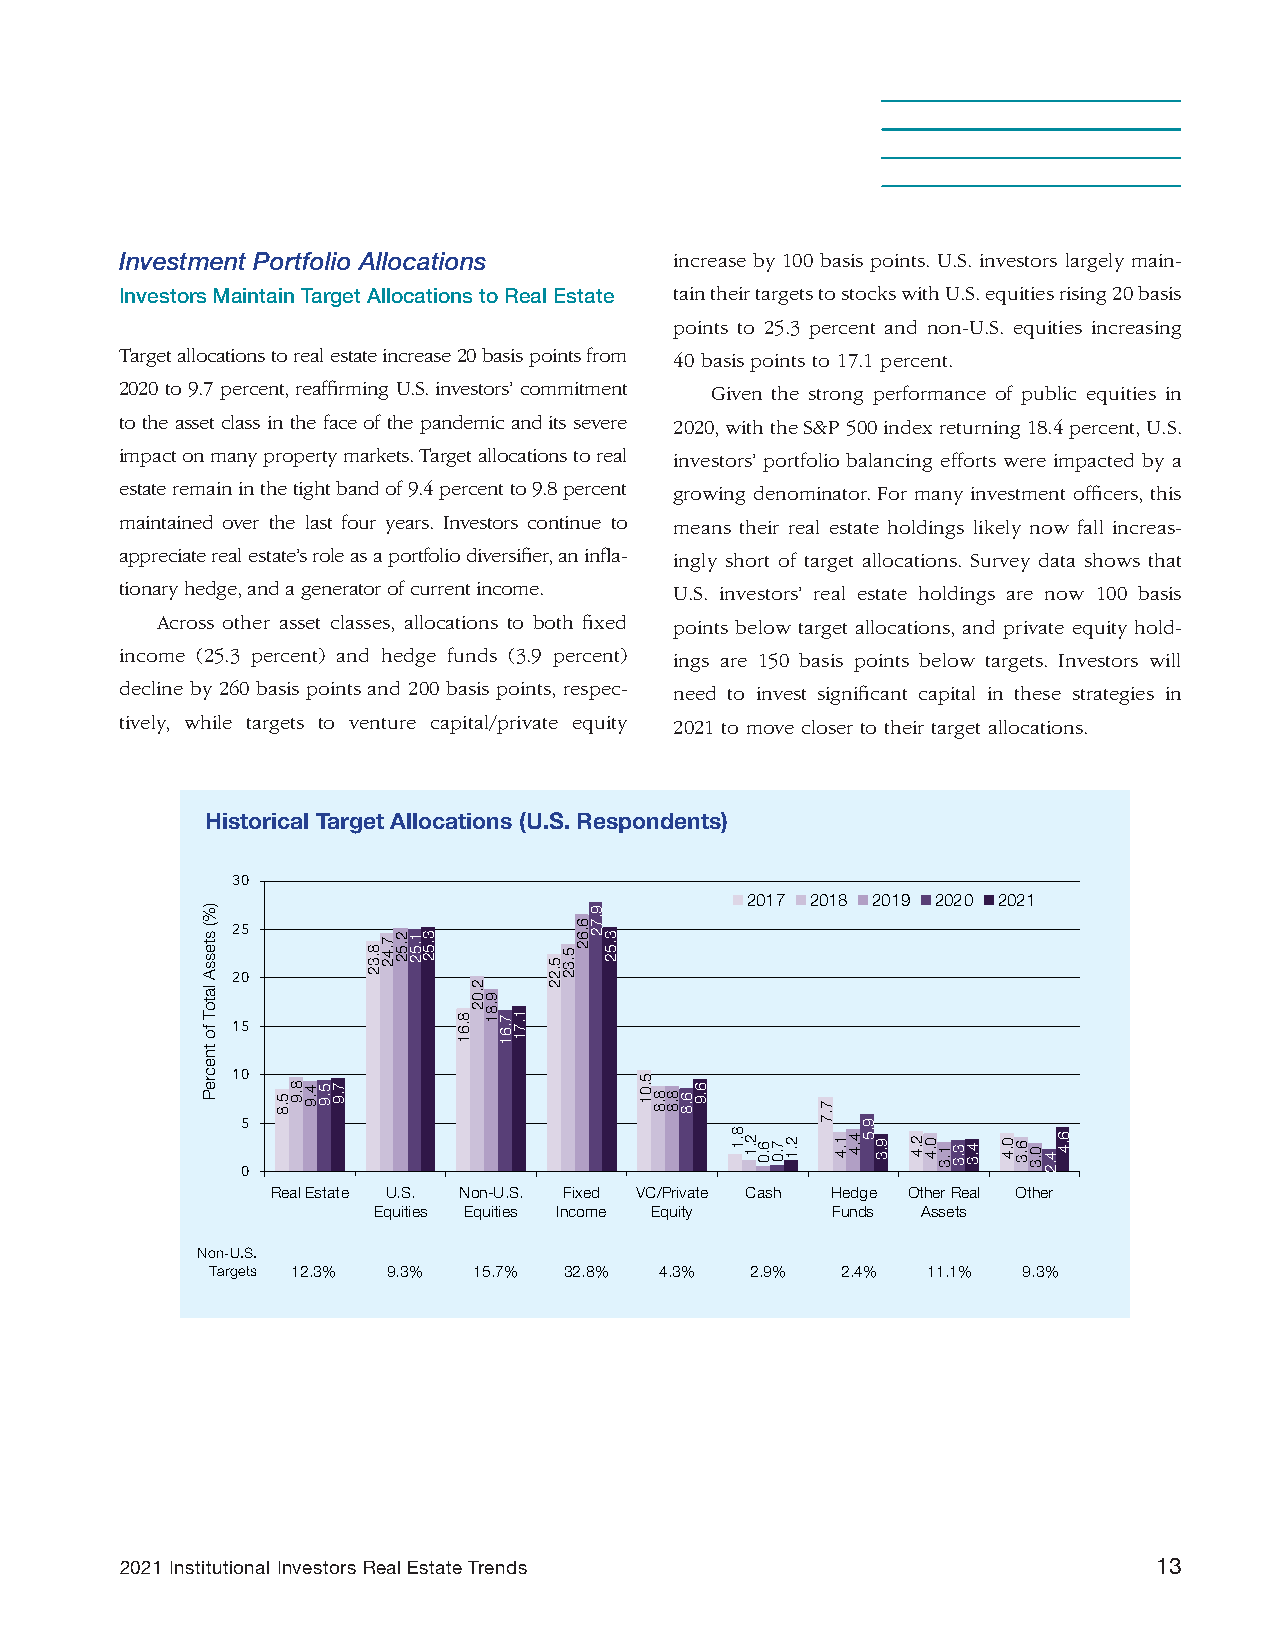
Investment Portfolio Allocations     increase by 100 basis points. U.S. investors largely main-
 Investors Maintain Target Allocations to Real Estate tain their targets to stocks with U.S. equities rising 20 basis
 points to 25.3 percent and non-U.S. equities increasing
 Target allocations to real estate increase 20 basis points from 40 basis points to 17.1 percent.
 2020 to 9.7 percent, reaffirming U.S. investors’ commitment Given the strong performance of public equities in
 to the asset class in the face of the pandemic and its severe 2020, with the S&P 500 index returning 18.4 percent, U.S.
 impact on many property markets. Target allocations to real investors’ portfolio balancing efforts were impacted by a
 estate remain in the tight band of 9.4 percent to 9.8 percent growing denominator. For many investment officers, this
 maintained over the last four years. Investors continue to means their real estate holdings likely now fall increas-
 appreciate real estate’s role as a portfolio diversifier, an infla- ingly short of target allocations. Survey data shows that
 tionary hedge, and a generator of current income. U.S. investors’ real estate holdings are now 100 basis
 Across other asset classes, allocations to both fixed points below target allocations, and private equity hold-
 income (25.3 percent) and hedge funds (3.9 percent) ings are 150 basis points below targets. Investors will
 decline by 260 basis points and 200 basis points, respec- need to invest significant capital in these strategies in
 tively, while targets to venture capital/private equity 2021 to move closer to their target allocations.
 Historical Target Allocations (U.S. Respondents)
 30
 2017 2018 2019 2020 2021
 25
 20
 15
 10
 5
 0
 Real Estate U.S. Non-U.S. Fixed VC/Private Cash Hedge Other Real Other
 Equities Equities Income Equity Funds Assets
 Non-U.S.
 Targets 12.3% 9.3% 15.7% 32.8% 4.3% 2.9%  2.4% 11.1%  9.3%
 2021 Institutional Investors Real Estate Trends                      13
 )%(
 stessA
 latoT
 fo
 tnecreP
 5.8 8.9 4.9 5.9 7.9
 8.32
 7.42 2.52 1.52 3.52
 8.61
 2.02
 9.81
 7.61 1.71
 5.22
 5.32
 6.62
 9.72
 3.52
 5.01
 8.8 8.8 6.8 6.9
 8.1 2.1 6.0 7.0 2.1
 7.7
 1.4 4.4
 9.5
 9.3 2.4 0.4 1.3 3.3 4.3 0.4 6.3 0.3 4.2 6.4